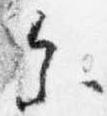
参